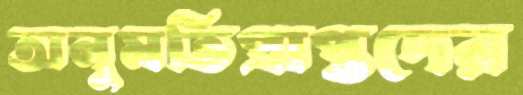
অনুমতিপ্রাপ্তদের